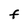
Character: F